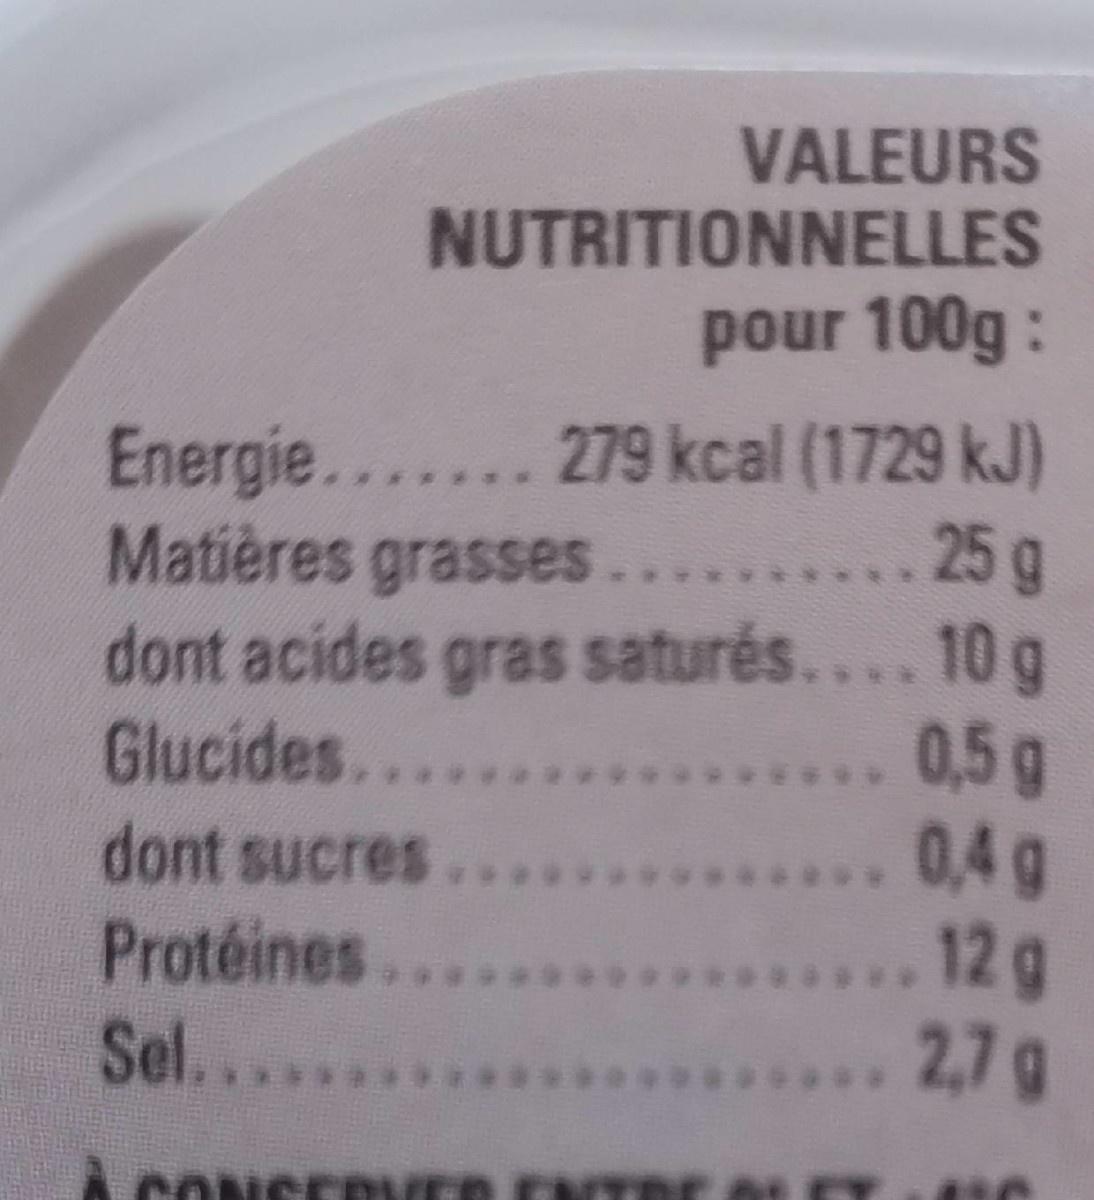
VALEURS
NUTRITIONNELLES
pour 100g :
Energie....... 279 kcal (1729 kJ) Matières grasses. dont acides gras saturés.... 10 g Glucides.... dont sucres. Protéines. Sel.....
.... 25 g
0,5g 0,4g ... 12 g 2,7 g
CONSERVE